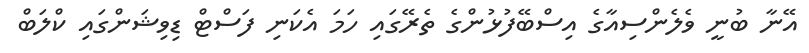
އޭނާ ބުނީ ވެލެންސިއާގެ އިސްބޭފުޅުންގެ ތެރޭގައި ހަމަ އެކަނި ފަސްޓް ޑިވިޝަންގައި ކްލަބް